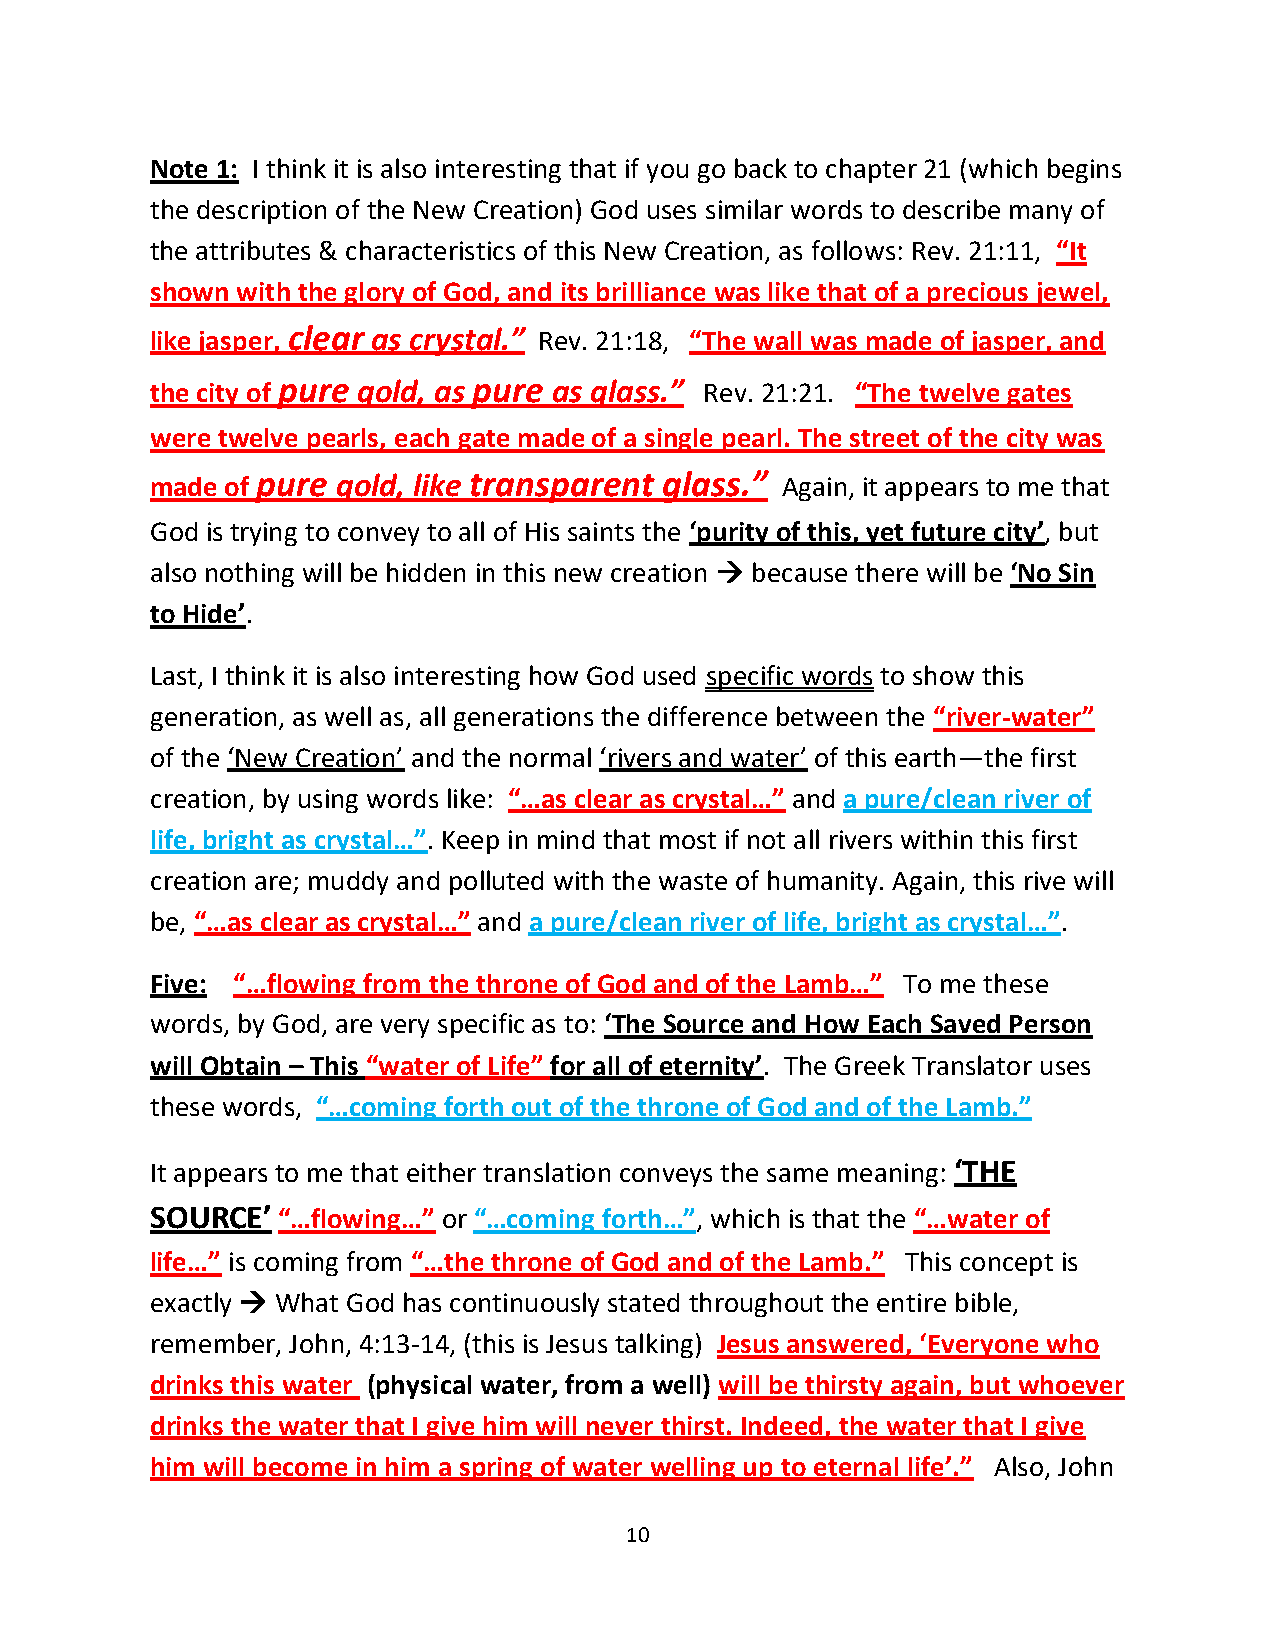
Note 1: I think it is also interesting that if you go back to chapter 21 (which begins
 the description of the New Creation) God uses similar words to describe many of
 the attributes & characteristics of this New Creation, as follows: Rev. 21:11, “It
 shown with the glory of God, and its brilliance was like that of a precious jewel,
 like jasper, clear as crystal.” Rev. 21:18, “The wall was made of jasper, and
 the city of pure gold, as pure as glass.” Rev. 21:21. “The twelve gates
 were twelve pearls, each gate made of a single pearl. The street of the city was
 made of pure gold, like transparent glass.” Again, it appears to me that
 God is trying to convey to all of His saints the ‘purity of this, yet future city’, but
 also nothing will be hidden in this new creation → because there will be ‘No Sin
 to Hide’.
 Last, I think it is also interesting how God used specific words to show this
 generation, as well as, all generations the difference between the “river-water”
 of the ‘New Creation’ and the normal ‘rivers and water’ of this earth—the first
 creation, by using words like: “…as clear as crystal…” and a pure/clean river of
 life, bright as crystal…”. Keep in mind that most if not all rivers within this first
 creation are; muddy and polluted with the waste of humanity. Again, this rive will
 be, “…as clear as crystal…” and a pure/clean river of life, bright as crystal…”.
 Five: “…flowing from the throne of God and of the Lamb…” To me these
 words, by God, are very specific as to: ‘The Source and How Each Saved Person
 will Obtain – This “water of Life” for all of eternity’. The Greek Translator uses
 these words, “…coming forth out of the throne of God and of the Lamb.”
 It appears to me that either translation conveys the same meaning: ‘THE
 SOURCE’ “…flowing…” or “…coming forth…”, which is that the “…water of
 life…” is coming from “…the throne of God and of the Lamb.” This concept is
 exactly → What God has continuously stated throughout the entire bible,
 remember, John, 4:13-14, (this is Jesus talking) Jesus answered, ‘Everyone who
 drinks this water (physical water, from a well) will be thirsty again, but whoever
 drinks the water that I give him will never thirst. Indeed, the water that I give
 him will become in him a spring of water welling up to eternal life’.” Also, John
 10